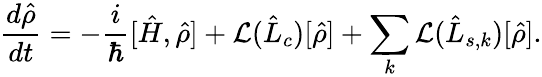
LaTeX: \frac{d\hat{\rho}}{dt}=-\frac{i}{\hbar}[\hat{H},\hat{\rho}]+\mathcal{L}(\hat{L}_{c})[\hat{\rho}]+\sum_{k}\mathcal{L}(\hat{L}_{s,k})[\hat{\rho}].